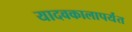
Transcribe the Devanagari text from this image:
यादवकालापर्यंत